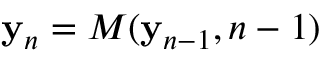
{ \bf y } _ { n } = M ( { \bf y } _ { n - 1 } , n - 1 )